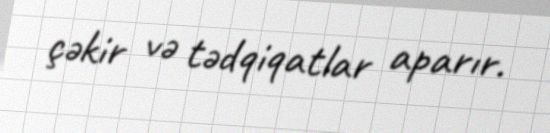
çəkir və tədqiqatlar aparır.